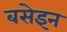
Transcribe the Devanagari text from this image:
बसेइन